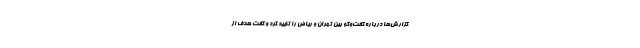
گزارش‌ها درباره گفت‌وگو بین تهران و ریاض را تایید کرد و گفت هدف از